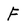
Character: F